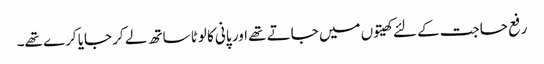
رفع حاجت کے لئے کھیتوں میں جاتے تھے اور پانی کا لوٹا ساتھ لے کر جایا کرے تھے۔